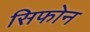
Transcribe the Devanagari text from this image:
सिफोन